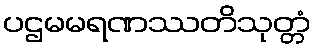
ပဌမမရဏဿတိသုတ္တံ